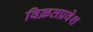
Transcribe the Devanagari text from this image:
विक्रतप्रवेश